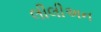
લીલીઅન